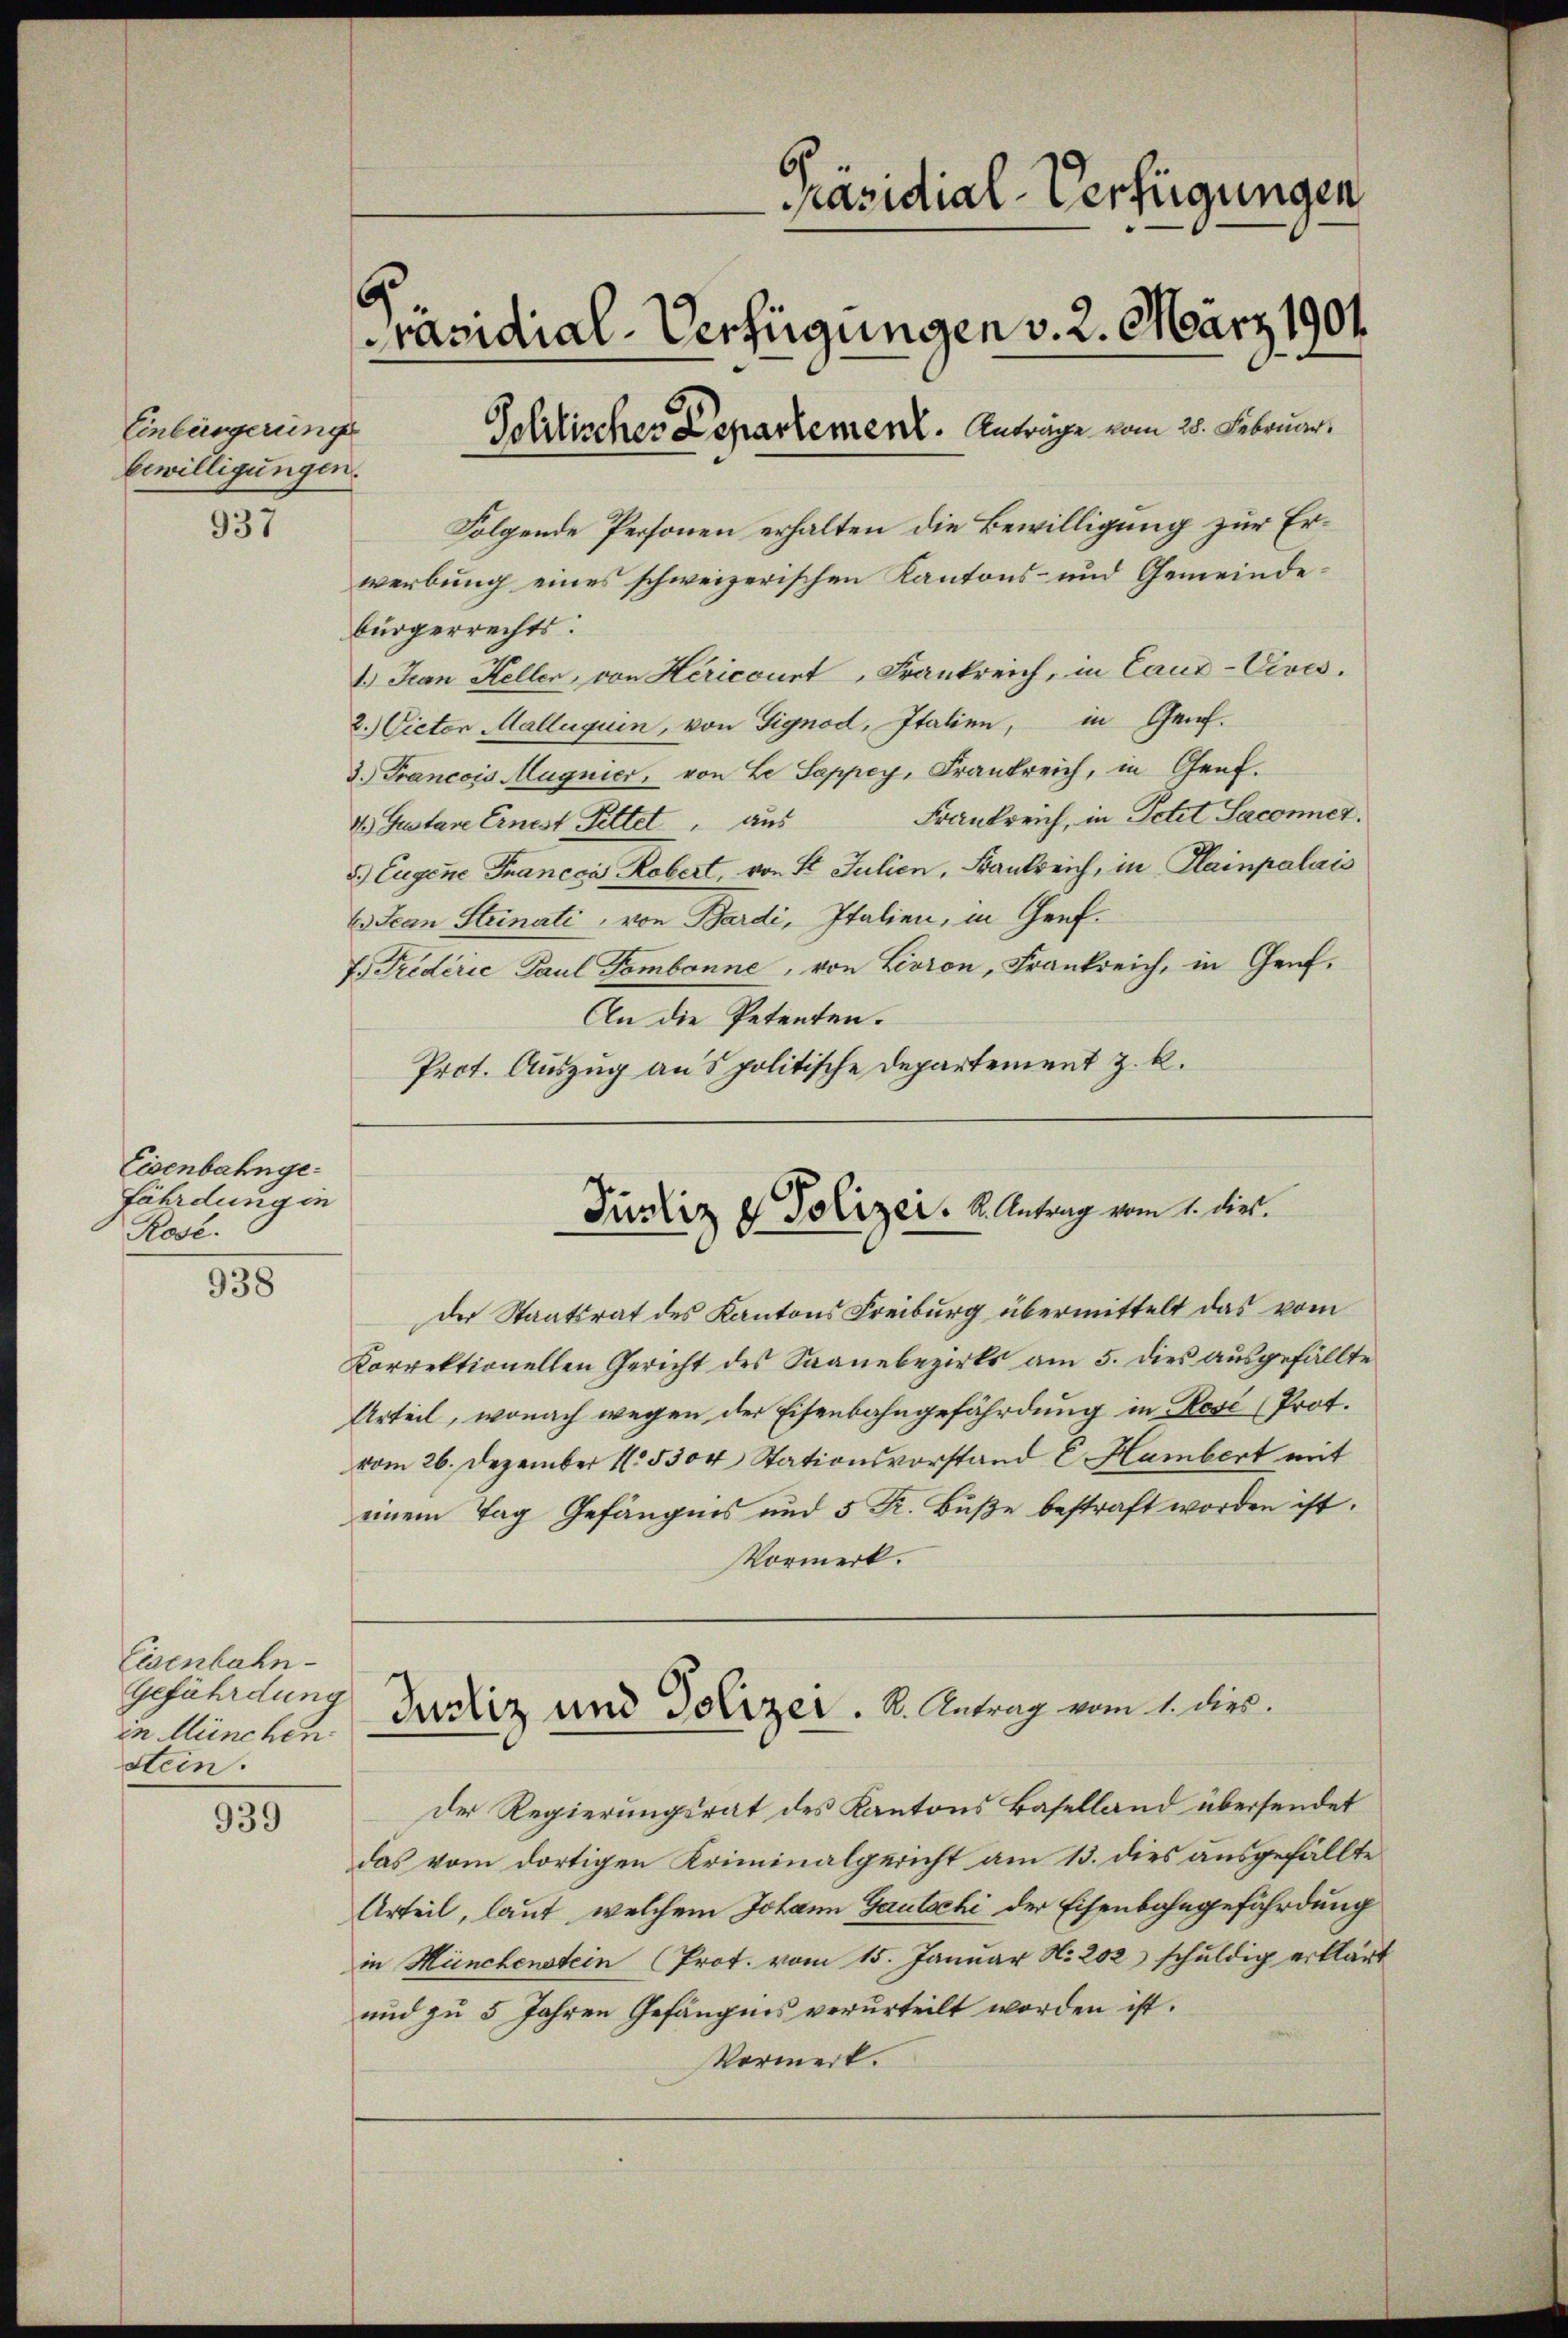
Einbürgerungs
bewilligungen.

937

Eisenbahngefährdung in
Rose.

938

Eisenbahn
Gefährdung
in München
stein.

939

äsidial-Verfügungen
6
Präsidial-Verfügungen v. 2. März 1901.
Solitischer Departement. Anträge vom 28. Februar.

Folgende Personen erhalten die Bewilligung zur Erwerbung eines schweizerischen Kantons- und Gemeindebürgerrechts.
1.) Jean Heller, von Hericourt, Frankreich, in Cauz-Vives.
2. Victor Malluquin, von Signod, Italien, in Genf.
3. Francois Magnier, von Le Sappey, Frankreich, in Genf.
Frankreich, in Petit Sacenner
4. Gustare Ernest Fittet aus
2) Eugene Francca Robert, von St. Julien, Frankreich, in Plainpalais
E Jean Steinati, von Bardi, Italien, in Genf.
I. Triderie Paul Tambonne, von Livron, Frankreich, in Genf.
An die Petenten.
Prot. Auszug ans politische Departement z. k.

Justiz & Polizei. K. Antrag vom 1. dies.

Justiz und Polizei. S. Antrag vom 1. dies.

der Staatsrat des Kantons Freiburg übermittelt das vom
Korrektionellen Gericht des Saanebezirks am 5. dies ausgefällte
Urteil, wonach wegen der Eisenbahngefährdung in Rosé (Prot.
vom 26. Dezember 15304, Stationsvorstand E. Hambert mit
einem Tag Gefängnis und 5 Fr. Buße bestraft worden ist.
Vormerk.

Der Regierungsrat des Kantons Baselland übersendet
das vom dortigen Kriminalgericht am 13. dies ausgefällte
Urteil, laut, welchem Johann Gautschi der Eisenbahngefährdung
in Münchenstein (Prot. vom 15. Januar No. 202 schuldig erklärt
und zu 5 Jahren Gefängnis verurteilt worden ist.
Vormerk.